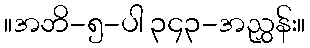
။အဘိ-၅-ပါ ၃၄၃-အညွှန်း။